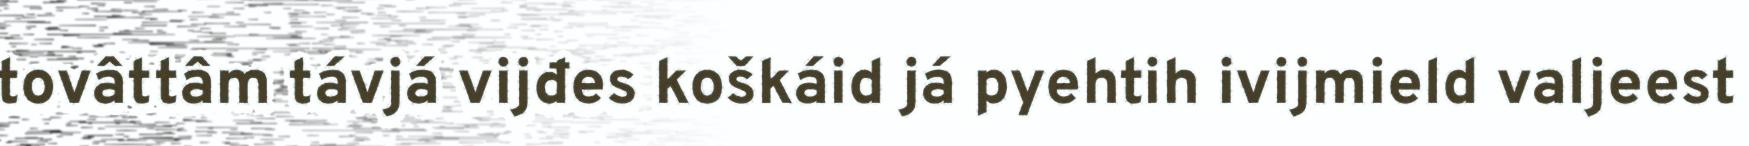
tovâttâm távjá vijđes koškáid já pyehtih ivijmield valjeest